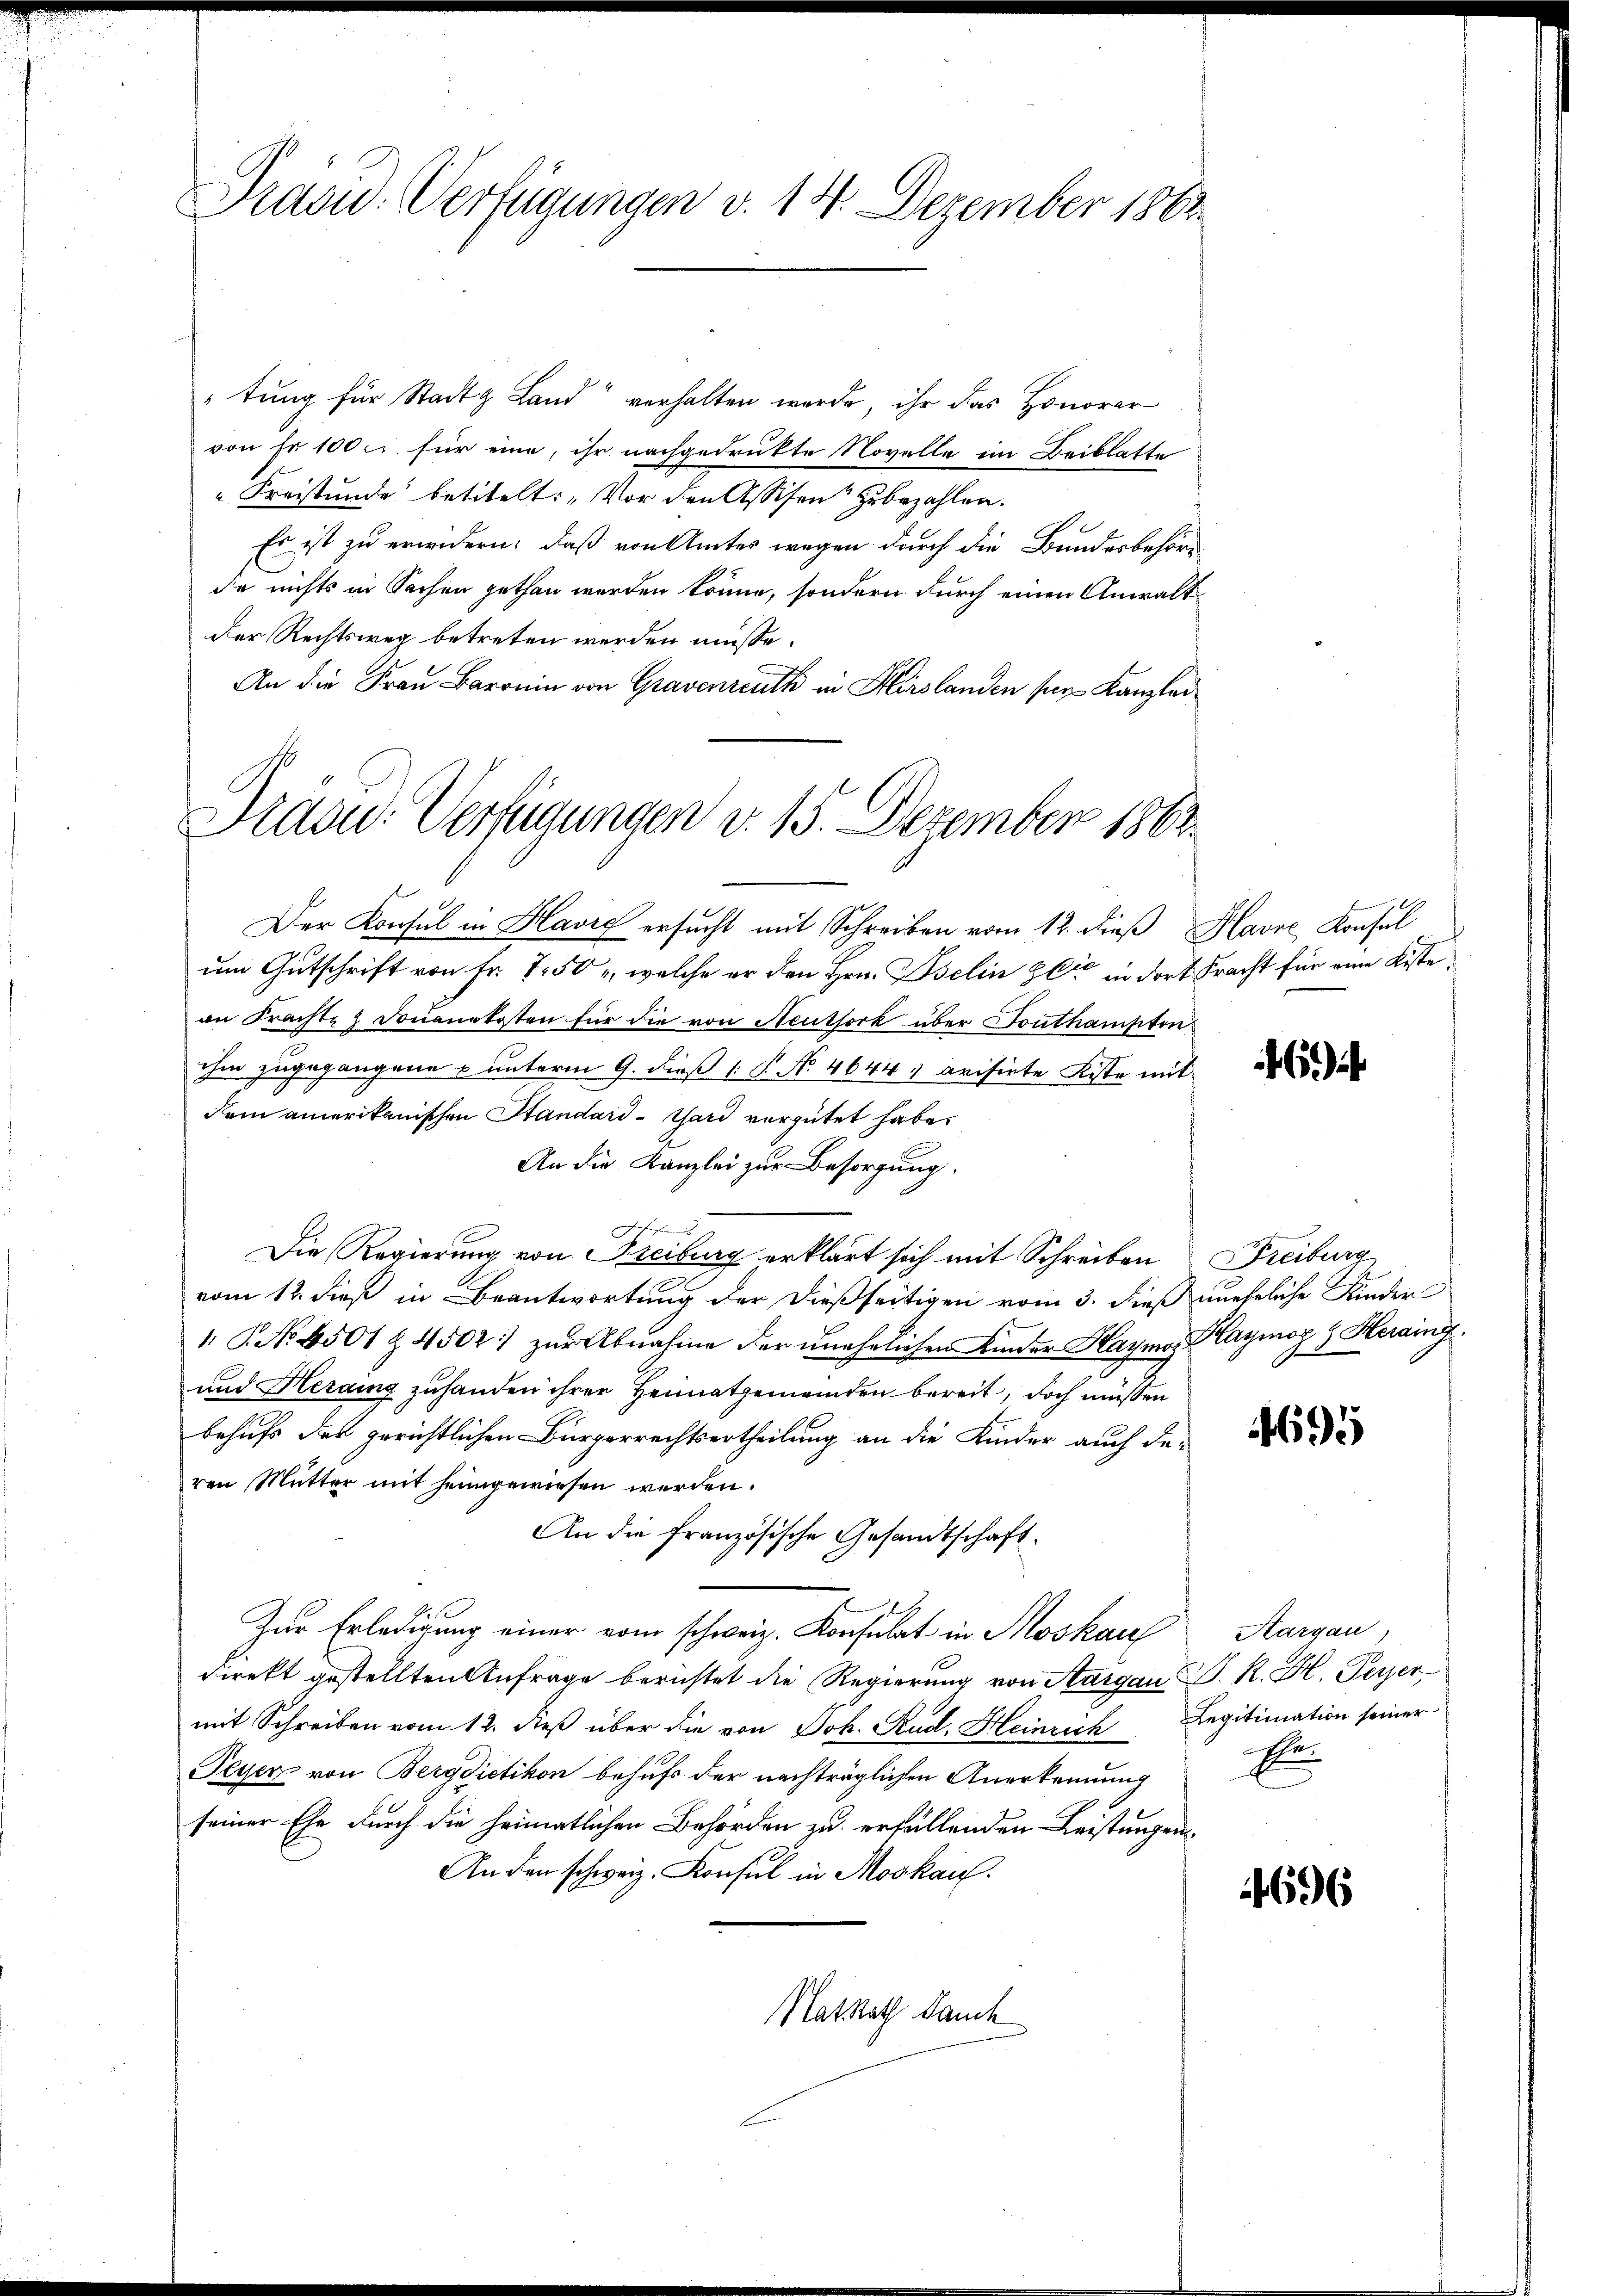
Präsid. Verfügungen v. 14. Dezember 1863

tung für Stadt Land“ verhalten werde, ihr das Honorar
von Fr. 100 c. für eine, ihr nachgedrukte Novelle im Beiblatte
Freistunde betitelt: „Vor den Assisen zubezahlen.
Es ist zu erwidern, daß von Amtes wegen durch die Bundesbehöre
de nichts in Sachen gethan werden könne, sondern durch einen Anwalt
Der Rechtsweg betreten werden müsse.
An die Frau Baronin von Gravenreuth in Hirslanden sey Kanzlei¬
Draou. Verfügungen v. 15. Dezember 1863.

Der Konsul in Havre ersucht mit Schreiben vom 12. dieß Havre Konsul
um Gutschrift von Fr. 750, welche er den Hrn. Iselin zeit in dort Fracht für eine Kiste
an Frachte & Douanekosten für die von Neuthork über Fouthampton
ihm zugegangene & unterm 9. dieß P. No. 4644; avisirte Kiste mit
dem amerikanischen Standard-Gard vergütet habe.
An die Kanzlei zur Besorgung.
Die Regierung von Freiburg erklärt sich mit Schreiben Freiburg
vom 12. dieß in Beantwortung der dießseitigen vom 3. dieß uneheliche Kinder
 P. Nr. 6501 Z. 4502:) zŭr Abnahme der unehelichen Kinder Haymon Klaymog & Heraing
und Herding zuhanden ihrer Heimatgemeinden bereit, doch müssen
behufs der gerichtlichen Bürgerrechtsertheilung an die Kinder auch de-
ren Mutter mit heimgewiesen werden.
An die französische Gesandtschaft.
Zur Erledigung einer vom schweiz. Konsulat in Moskauf
direkt gestellten Anfrage berichtet die Regierung von Aargau, P. R. H. Peyer,
mit Schreiben vom 12. dieß über die von Joh. Rud. Heinrich Legitimation seiner
Peyer von Bergdietikon behufs der nachträglichen Anerkennung
seiner Ehe durch die heimatlichen Behörden zu erfällenden Leistungen¬
An den schweiz. Konsul in Moskau
Natsrath Jauch

6) i

695

Aargau,
E

696